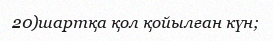
20)шартқа қол қойылған күн;